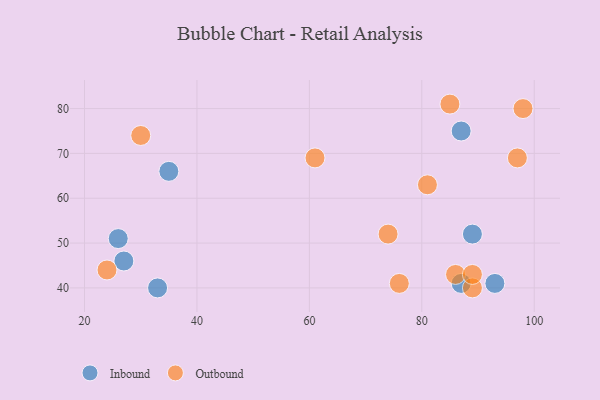
{"axis": {"x": "GDP", "y": "Life Expectancy"}, "legend": ["Inbound", "Outbound"], "data": [{"x": "27", "y": 46, "type": "Inbound"}, {"x": "93", "y": 41, "type": "Inbound"}, {"x": "89", "y": 52, "type": "Inbound"}, {"x": "35", "y": 66, "type": "Inbound"}, {"x": "33", "y": 40, "type": "Inbound"}, {"x": "87", "y": 75, "type": "Inbound"}, {"x": "26", "y": 51, "type": "Inbound"}, {"x": "87", "y": 41, "type": "Inbound"}, {"x": "86", "y": 43, "type": "Outbound"}, {"x": "89", "y": 40, "type": "Outbound"}, {"x": "76", "y": 41, "type": "Outbound"}, {"x": "89", "y": 43, "type": "Outbound"}, {"x": "24", "y": 44, "type": "Outbound"}, {"x": "81", "y": 63, "type": "Outbound"}, {"x": "97", "y": 69, "type": "Outbound"}, {"x": "74", "y": 52, "type": "Outbound"}, {"x": "85", "y": 81, "type": "Outbound"}, {"x": "61", "y": 69, "type": "Outbound"}, {"x": "30", "y": 74, "type": "Outbound"}, {"x": "98", "y": 80, "type": "Outbound"}]}